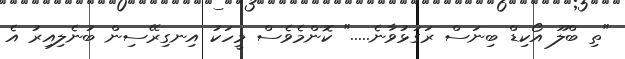
"ތި ބްލޫ އޯކިޑް ބިނަސް ރަގަޅުވާނެ....." ކޮންމެވެސް މީހަކު އިނގިރޭސިން ބުނެލިއިރު އެ